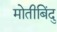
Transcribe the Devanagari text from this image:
मोतीबिंदु